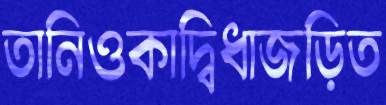
তানিওকাদ্বিধাজড়িত